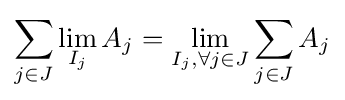
\sum _{j\in J}\lim _{I_{j}}A_{j}=\lim _{I_{j},\forall j\in J}\sum _{j\in J}A_{j}